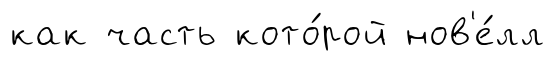
как часть кото́рой нов'е́лл